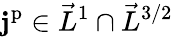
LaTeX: \mathbf{j}^{\mathrm{p}}\in\vec{L}^{1}\cap\vec{L}^{3/2}